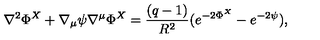
\nabla ^ { 2 } \Phi ^ { X } + \nabla _ { \mu } \psi \nabla ^ { \mu } \Phi ^ { X } = \frac { ( q - 1 ) } { R ^ { 2 } } ( e ^ { - 2 \Phi ^ { X } } - e ^ { - 2 \psi } ) ,